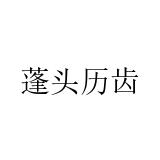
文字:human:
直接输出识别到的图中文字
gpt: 蓬头历齿